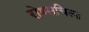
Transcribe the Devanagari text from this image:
रोथ्सचिल्ड